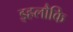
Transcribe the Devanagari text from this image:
इहलौकि